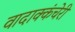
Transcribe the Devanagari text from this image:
वादाक्कंचेरी